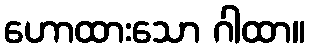
ဟောထားသော ဂါထာ။